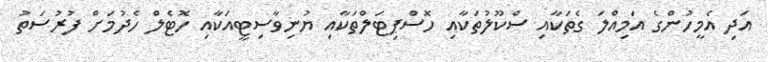
އަދި އެމީހުންގެ އަމިއްލަ ގެތަކާއި ސްކޫލުތަކާއި ހޮސްޕިޓަލްތަކާއި ޔުނިވާސިޓީއަކާއި ހޮޓެލް ހެދުމަށް ފުރުސަތު